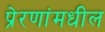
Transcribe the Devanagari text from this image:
प्रेरणांमधील